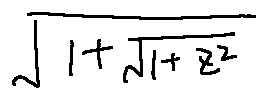
\sqrt { 1 + \sqrt { 1 + z ^ { 2 } } }